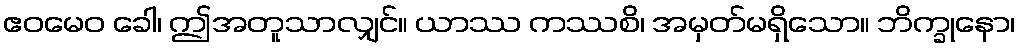
ဧဝမေဝ ခေါ၊ ဤအတူသာလျှင်။ ယာဿ ကဿစိ၊ အမှတ်မရှိသော။ ဘိက္ခုနော၊